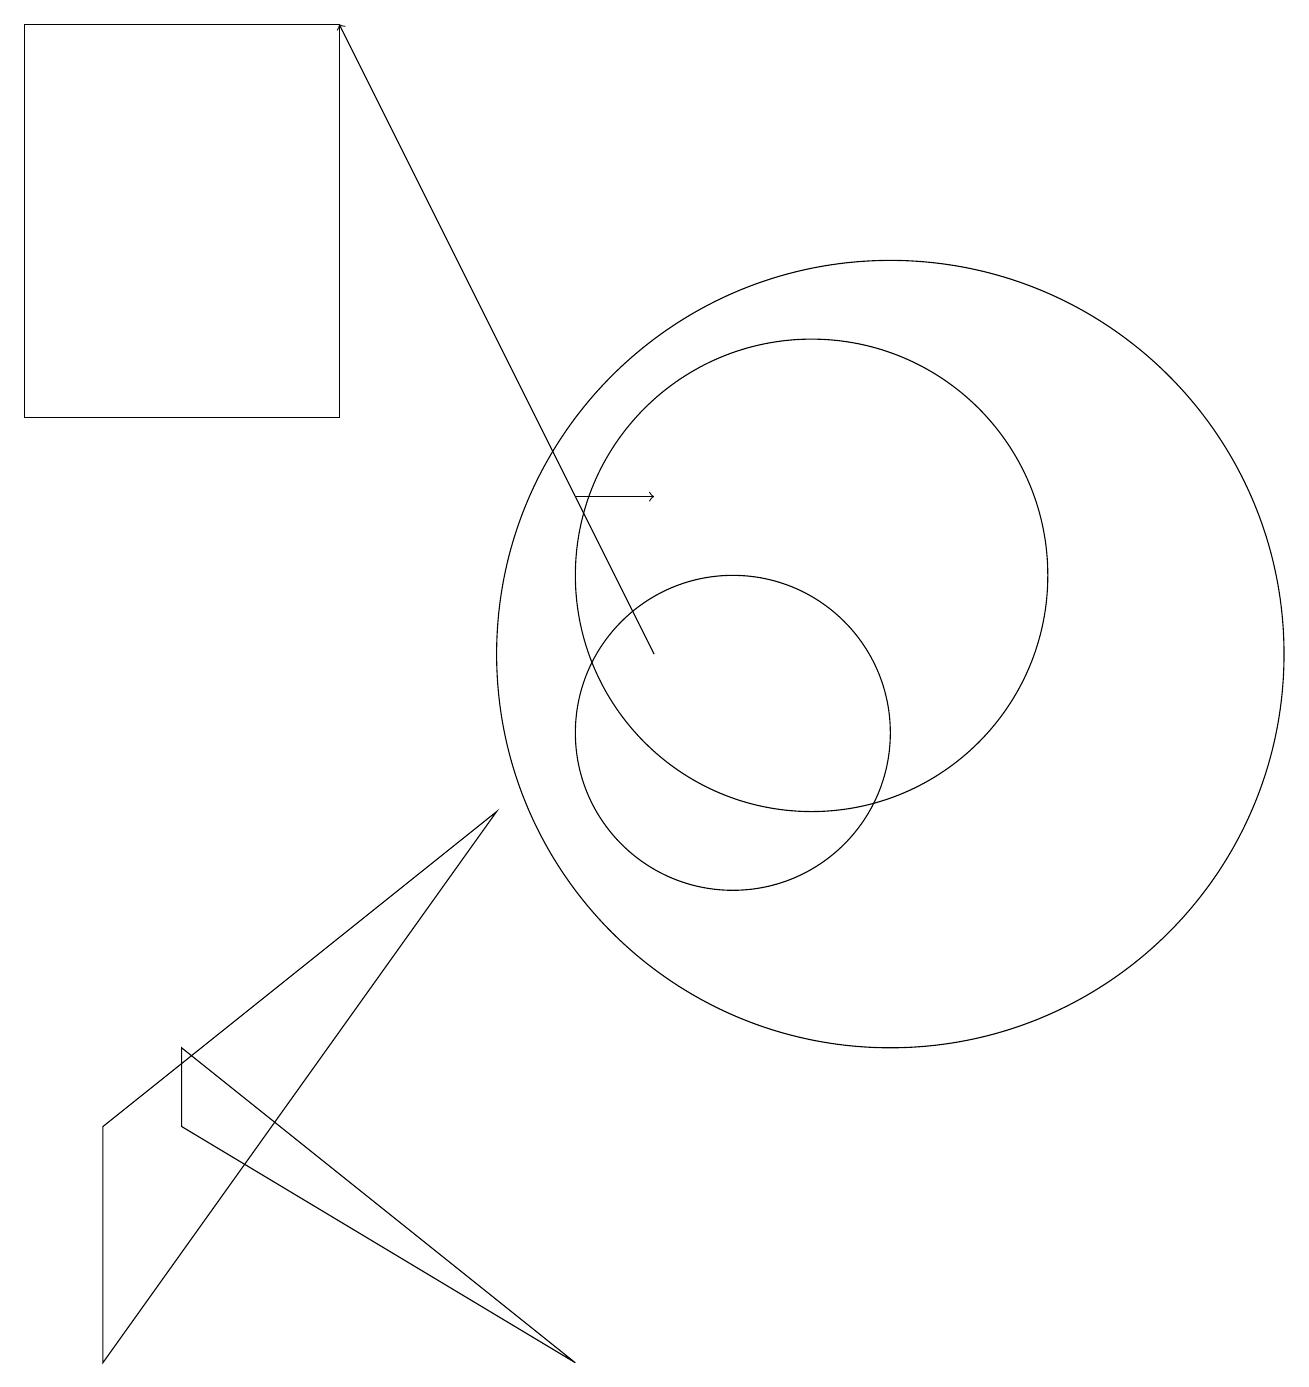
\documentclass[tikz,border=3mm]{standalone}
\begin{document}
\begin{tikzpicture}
\draw[->] (9,11) -- (5,19);
\draw (10,10) circle (2);
\draw (11,12) circle (3);
\draw (7,9) -- (2,5) -- (2,2) -- cycle;
\draw (3,5) -- (8,2) -- (3,6) -- cycle;
\draw (1,14) rectangle (5,19);
\draw[->] (8,13) -- (9,13);
\draw (12,11) circle (5);
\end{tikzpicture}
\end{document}